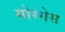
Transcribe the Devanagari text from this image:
गोरगेस